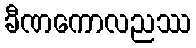
ခီဏကောလညဿ